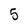
Character: 5